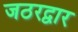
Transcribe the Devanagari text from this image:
जठरद्वार